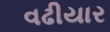
વઢીયાર